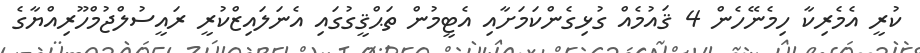
ކުރީ އެމެރިކާ ހިމެނޭހެން 4 ޤައުމެއް ގުޅިގެންކަމަށާއި އެޓީމުން ތަޙްޤީގުގައި އެނަލައިޒްކުރީ ރައީސުލްޖުމްހޫރިއްޔާގެ